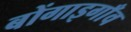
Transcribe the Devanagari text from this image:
बोंगाइगाँव